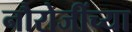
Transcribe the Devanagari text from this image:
नौरोजींच्या